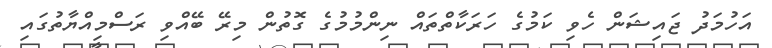
އަހުމަދު ޖައިޝަން ހެވި ކަމުގެ ހަރަކާތްތައް ނިންމުމުގެ ގޮތުން މިރޭ ބޭއްވި ރަސްމިއްޔާތުގައި